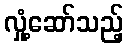
လှုံ့ဆော်သည့်